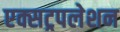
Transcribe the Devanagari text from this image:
एक्सट्रपलेशन